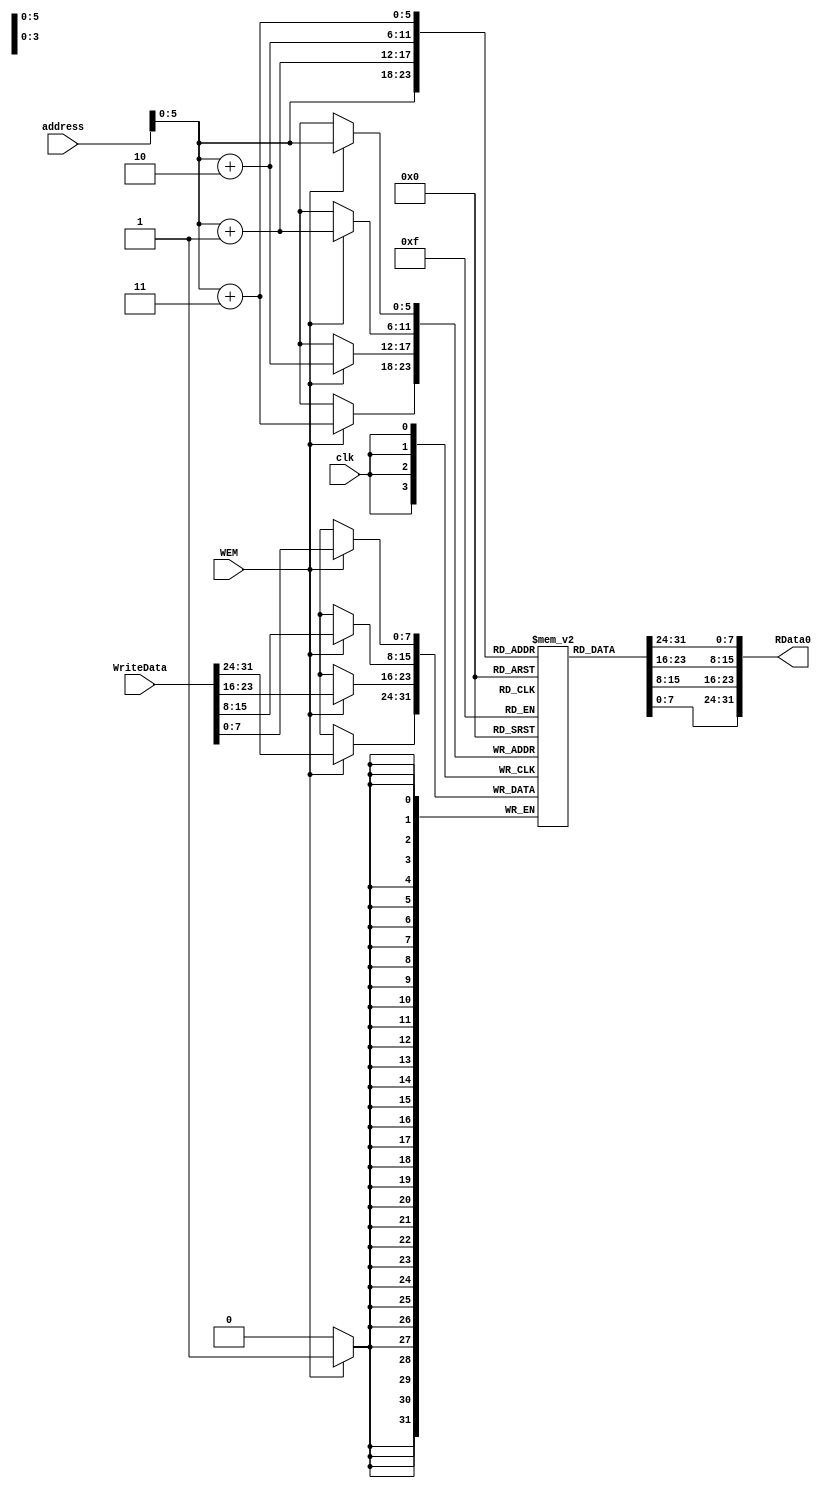
module mem # (parameter Width = 32)(
    input clk, WEM,
    input [Width-1:0] WriteData, address,
    output reg [Width-1:0] RData0
);

    reg [7:0] mem[63:0];

    integer i;

    initial begin
        for (i=0; i<32; i=i+1)
            mem[i] = i;
        
      
    end
        assign RData0 = {mem[address+3], mem[address+2], mem[address+1], mem[address]};
   

    always @(posedge clk) begin
        if (WEM) begin
          {mem[address+3], mem[address+2], mem[address+1], mem[address]} = WriteData;
     
        end
    end

endmodule